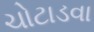
ચોટાડવા